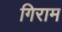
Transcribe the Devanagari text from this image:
गिराम